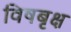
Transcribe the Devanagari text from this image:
विषबृक्ष